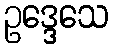
ဥဒ္ဒေသေ